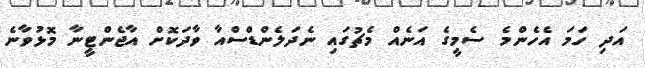
އަދި ހަމަ އެހެންމެ ސެމީގެ އަނެއް މެޗުގައި ނެދަލެންޑްސްއާ ވާދަކޮށް އާޖެންޓީނާ މޮޅުވާނެ